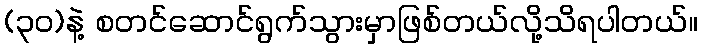
(၃၀)နဲ့ စတင်ဆောင်ရွက်သွားမှာဖြစ်တယ်လို့သိရပါတယ်။